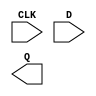
module sky130_fd_sc_hs__dfxtp (
    CLK,
    D  ,
    Q
);

    input  CLK;
    input  D  ;
    output Q  ;

    // Voltage supply signals
    supply1 VPWR;
    supply0 VGND;

endmodule